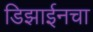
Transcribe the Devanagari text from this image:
डिझाईनचा